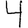
Digit: 4